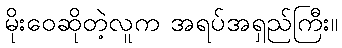
မိုးဝေဆိုတဲ့လူက အရပ်အရှည်ကြီး။